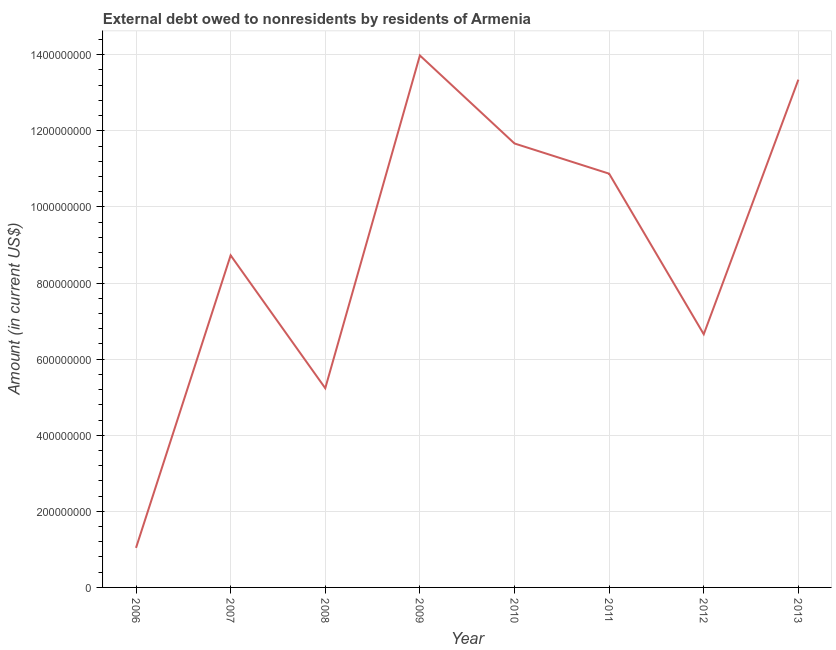
| Year | Debt |
 | --- | --- |
 | 2006 | 1.04e+08 |
 | 2007 | 8.73e+08 |
 | 2008 | 5.24e+08 |
 | 2009 | 1.4e+09 |
 | 2010 | 1.17e+09 |
 | 2011 | 1.09e+09 |
 | 2012 | 6.65e+08 |
 | 2013 | 1.33e+09 |